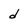
Character: d